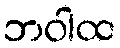
ဘဝါထ